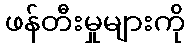
ဖန်တီးမှုများကို